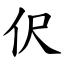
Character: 伬